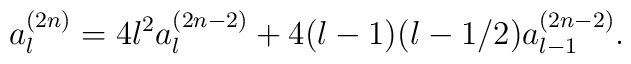
a_l^{(2n)}= 4l^2 a_l^{(2n-2)} +4(l-1)(l-1/2) a_{l-1}^{(2n-2)}.